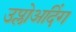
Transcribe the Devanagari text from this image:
उप्लोअदिंग